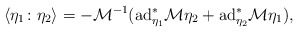
\begin{align*}\langle \eta_1 \colon \eta_2 \rangle=- {\mathcal M}^{-1} ({\rm ad}_{\eta_1}^* {\mathcal M} \eta_2+{\rm ad}_{\eta_2}^* {\mathcal M} \eta_1),\end{align*}